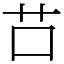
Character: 𦬅